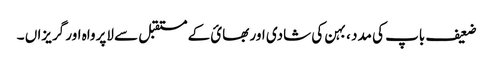
ضعیف باپ کی مدد ، بہن کی شادی اور بھائ کے مستقبل سے لاپرواہ اور گریزاں ۔